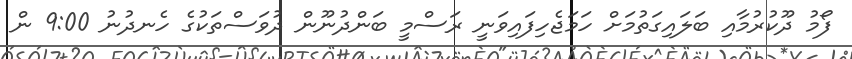
ފޯމު ދޫކުރުމާއި ބަލައިގަތުމަށް ހަމަޖެހިފައިވަނީ ރަސްމީ ބަންދުނޫން ދުވަސްތަކުގެ ހެނދުނު 9:00 ން